Lunatic asylums Burma 1907-21 - 1907-1921
Year: 1907
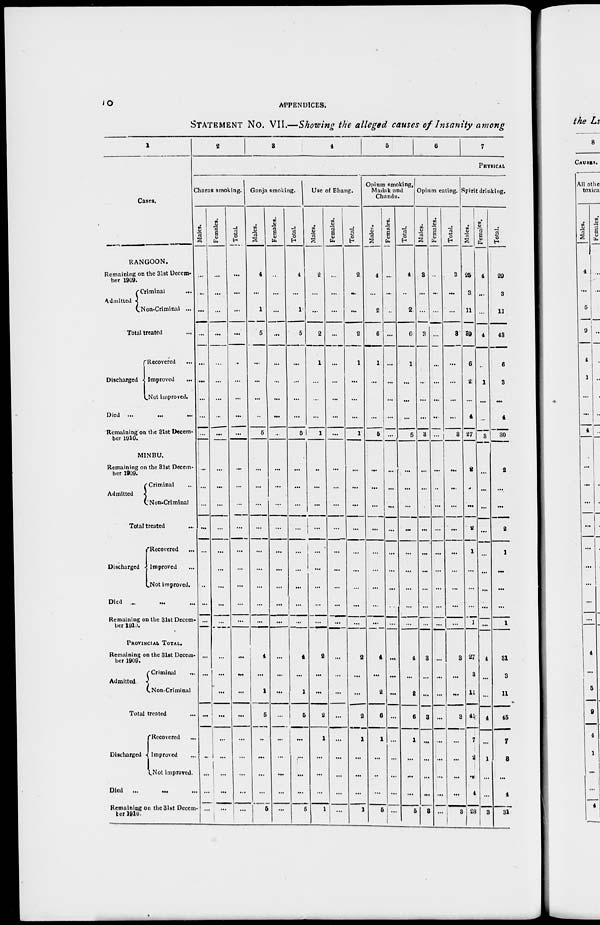
10
APPENDICES.
STATEMENT No. VII.—Showing the alleged causes of Insanity
among
1
Cases.
RANGOON.
Remaining on the 31st Decem-
ber 1909.
Admitted
Criminal
...
Non-Criminal ...
Total treated ...
Discharged
Recovered ...
Improved
...
Not improved.
Died ...
...
...
Remaining on the 31st Decem-
ber 1910.
MINBU.
Remaining on the 31st Decem-
ber 1909.
Admitted
Criminal ...
Non-Criminal
Total treated ...
Discharged
Recovered ...
Improved ...
Not improved.
Died ... ... ...
Remaining on the 31st Decem-
ber 1910.
PROVINCIAL TOTAL.
Remaining on the 31st Decem-
ber 1909.
Admitted
Criminal ...
Non-Criminal
Total treated ...
Discharged
Recovered ...
Improved ...
Not improved.
Died
... ... ...
Remaining on the 31st Decem-
ber 1910.
2
3
4
5
6
7
PHYSICAL
Charas smoking.
Males.
...
...
...
...
...
...
...
...
...
...
...
...
...
...
...
...
...
...
...
...
...
...
...
...
...
...
...
Females.
...
...
...
...
...
...
...
...
...
...
...
...
...
...
...
...
...
...
...
...
...
...
...
...
...
...
...
Total.
...
...
...
...
...
...
...
...
...
...
...
...
...
...
...
...
...
...
...
...
...
...
...
...
...
...
...
Ganja smoking.
Males.
4
...
1
5
...
...
...
...
5
...
...
...
...
...
...
...
...
...
4
...
1
5
...
...
...
...
5
Females.
...
...
...
...
...
...
...
...
...
...
...
...
...
...
...
...
...
...
...
...
...
...
...
...
...
...
...
Total.
4
...
1
5
...
...
...
...
5
...
...
...
...
...
...
...
...
...
4
...
1
5
...
...
...
...
5
Use of Bhang.
Males.
2
...
...
2
1
...
...
...
1
...
...
...
...
...
...
...
...
...
2
...
...
2
1
...
...
...
1
Females.
...
...
...
...
...
...
...
...
...
...
...
...
...
...
...
...
...
...
...
...
...
...
...
...
...
...
...
Total.
2
...
...
2
1
...
...
...
1
...
...
...
...
...
...
...
...
...
2
...
...
2
1
...
...
...
1
Opium smoking,
Madak and
Chandu.
Mal es.
4
...
2
6
1
...
...
...
5
...
...
...
...
...
...
...
...
...
4
...
2
6
1
...
...
...
5
Females.
...
...
...
...
...
...
...
...
...
...
...
...
...
...
...
...
...
...
...
...
...
...
...
...
...
...
...
Total.
4
...
2
6
1
...
...
...
5
...
...
...
...
...
...
...
...
...
4
...
2
6
1
...
...
...
5
Opium eating.
Males.
3
...
...
3
...
...
...
...
3
...
...
...
...
...
...
...
...
...
3
...
...
3
...
...
...
...
3
Females.
...
...
...
...
...
...
...
...
...
...
...
...
...
...
...
...
...
...
...
...
...
...
...
...
...
...
...
Total.
3
...
...
3
...
...
...
...
3
...
...
...
...
...
...
...
...
...
3
...
...
3
...
...
...
...
3
Spirit drinking.
Males.
25
3
11
39
6
2
...
4
27
2
...
...
2
1
...
...
...
1
27
3
11
4
7
2
...
4
28
Females.
4
...
...
4
...
1
...
...
3
...
...
...
...
...
...
...
...
...
4
...
...
4
...
1
...
...
3
Total.
29
3
11
43
6
3
...
4
30
2
...
...
2
1
...
...
...
1
31
3
11
45
7
3
...
4
31